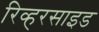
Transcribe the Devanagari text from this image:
रिव्हरसाइड